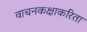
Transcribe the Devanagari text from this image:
वाचनकक्षाकरिता